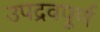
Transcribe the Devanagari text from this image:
उपद्रवपूर्ण